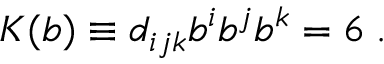
{ \cal { K } } ( b ) \equiv d _ { i j k } b ^ { i } b ^ { j } b ^ { k } = 6 \; .